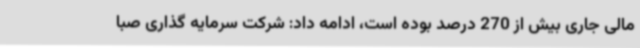
مالی جاری بیش از 270 درصد بوده است، ادامه داد: شرکت سرمایه گذاری صبا